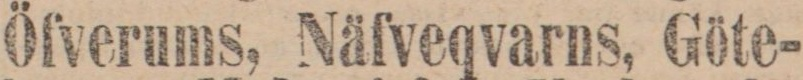
Öfverums, Näfveqvarns, Göte-